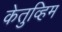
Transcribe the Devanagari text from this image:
केतुव्हिम